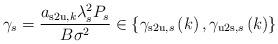
LaTeX: \begin{align*}\gamma_s = \frac{a_{\mathrm{s2u},k} \lambda^2_s P_s}{B\sigma^2} \in \left\lbrace\gamma_{\mathrm{s2u},s}\left( k \right),\gamma_{\mathrm{u2s},s}\left( k \right) \right\rbrace\end{align*}